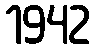
1942